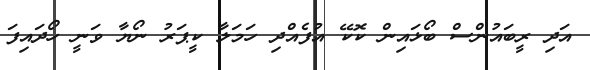
އަދި ރީބައުންސް ބޯޅައިން ކޮކޭ އުފެއްދި ހަމަލާ ކީޕަރު ނޯޔާ ވަނީ ހޯދައިފަ